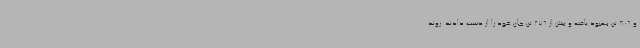
و 806 تن بهبود یافته و بیش از 276 تن جان خود را از دست دادند. روند